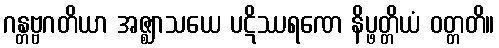
ဂန္တဗ္ဗဂတိယာ အဇ္ဈာသယေ ပဋိဿရဏေ နိပ္ဖတ္တိယံ ဝတ္တတိ။